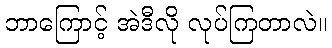
ဘာကြောင့် အဲဒီလို လုပ်ကြတာလဲ။